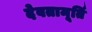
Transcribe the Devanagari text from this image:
देवतामूर्ति